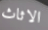
الاثاث